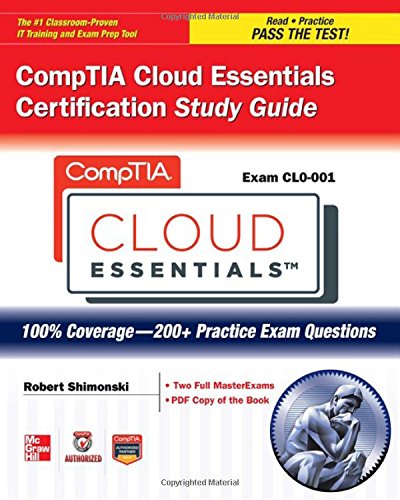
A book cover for CompTIA Cloud Essentials Certification Study Guide (Exam CLO-001) (Certification Press); ITpreneurs Nederland B.V.; Computers & Technology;